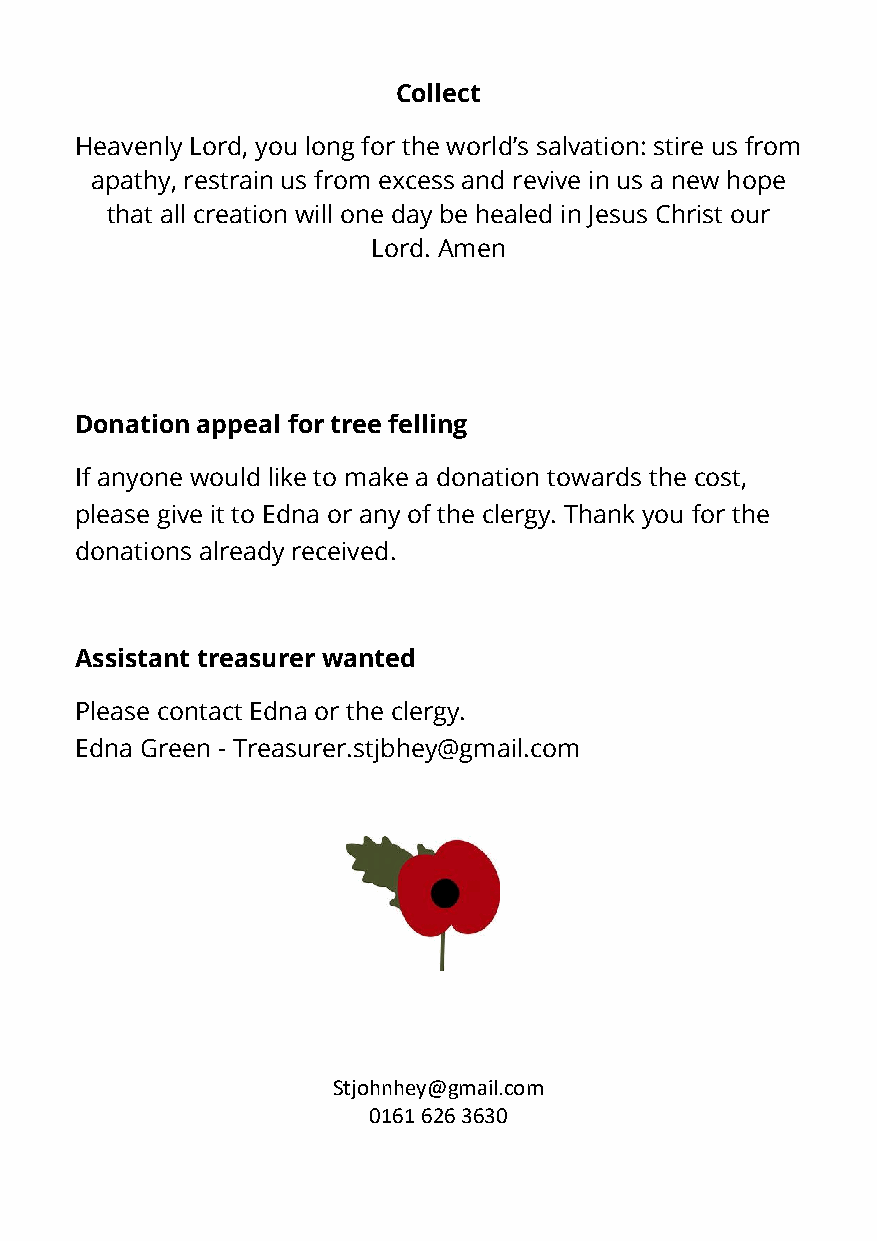
Collect
 Heavenly Lord, you long for the world’s salvation: stire us from
 apathy, restrain us from excess and revive in us a new hope
 that all creation will one day be healed in Jesus Christ our
 Lord. Amen
 Donation appeal for tree felling
 If anyone would like to make a donation towards the cost,
 please give it to Edna or any of the clergy. Thank you for the
 donations already received.
 Assistant treasurer wanted
 Please contact Edna or the clergy.
 Edna Green - Treasurer.stjbhey@gmail.com
 Stjohnhey@gmail.com
 0161 626 3630